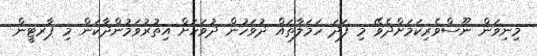
މިނިވަން ނޫސްވެރިކަމަށްދެވޭ މި ފަދަ ހަމަލާތައް ދުވަހުން ދުވަހަށް އިތުރުވަމުންދާކަން މި ޕާރޓީން